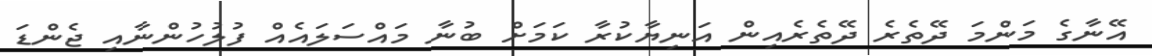
އޭނާގެ މަންމަ ދޭތެރެ ދޭތެރެއިން އަނިޔާކުރާ ކަމަށް ބުނާ މައްސަލައެއް ފުލުހުންނާއި ޖެންޑަ